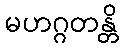
မဟဂ္ဂတန္တိ